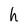
Character: h